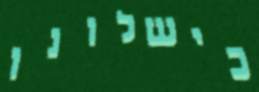
כישלונו